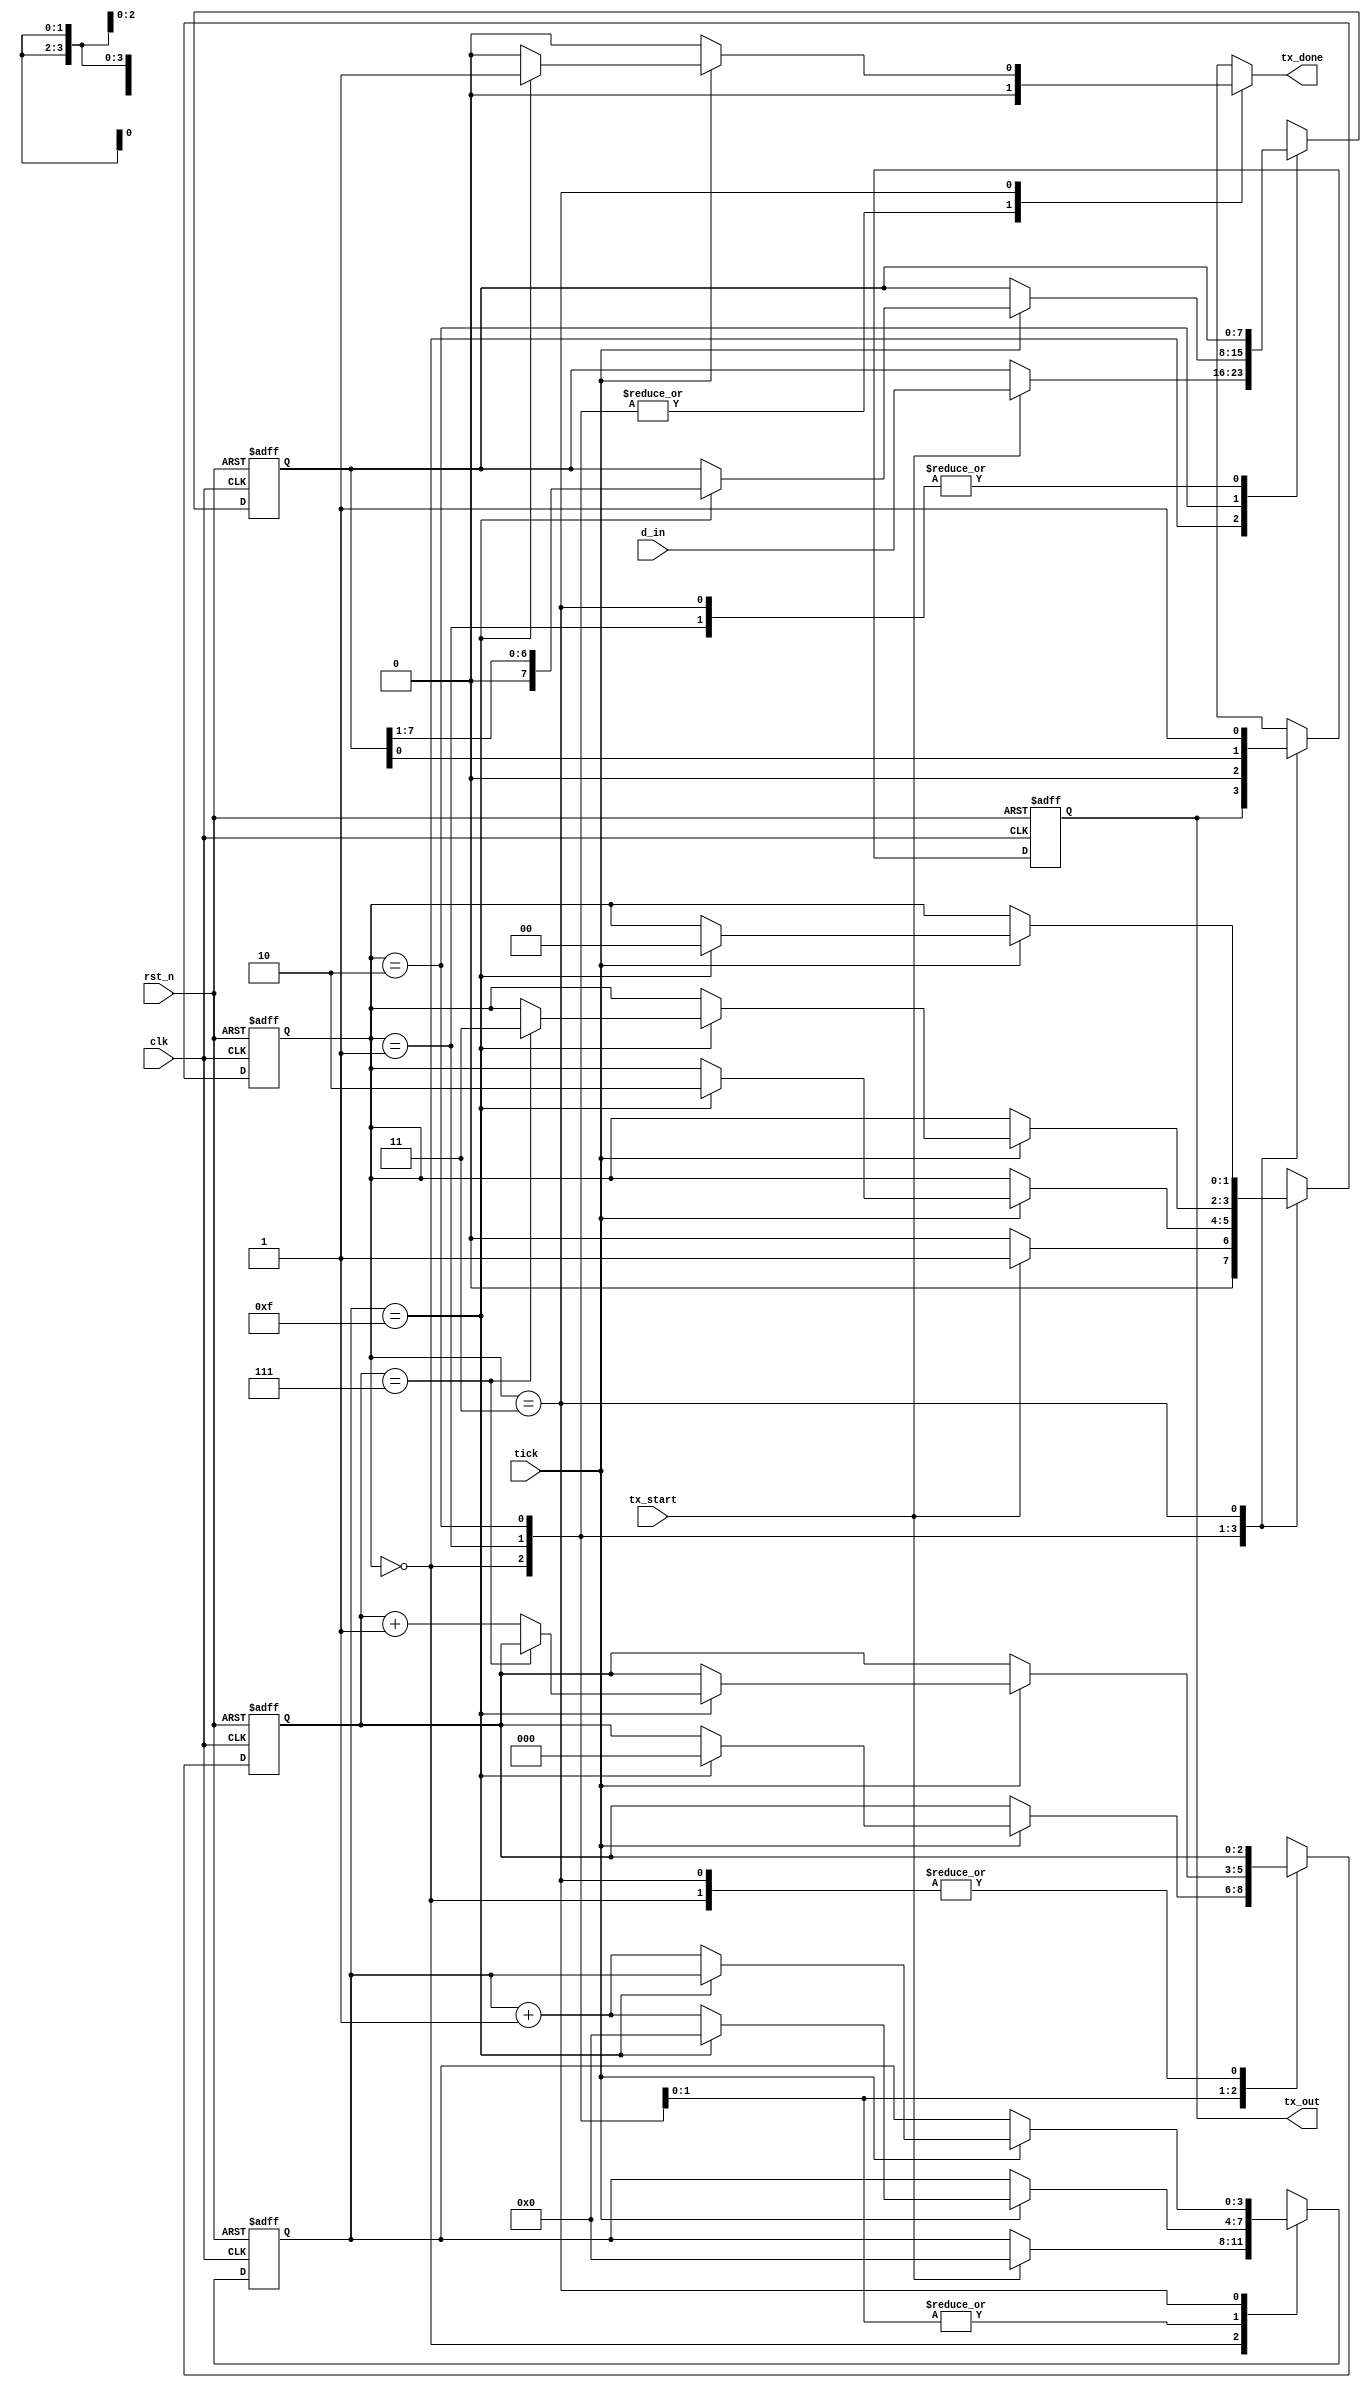
module UART_TX(tick,clk,rst_n,tx_start,tx_done,d_in,tx_out);
input tick,clk,rst_n,tx_start;
input [7:0] d_in;
output reg tx_done;
output tx_out;

reg [3:0] s_tick_reg,s_tick_next;
reg [2:0] n_bits_reg,n_bits_next;
reg [7:0] bits_reg,bits_next;
reg bit_out_reg,bit_out_next;

parameter [1:0] IDLE =2'b00, START=2'b01,DATA =2'b10, STOP=2'b11;  
reg [1:0] state,next_state;

always @(posedge clk,negedge rst_n) begin
if(!rst_n)
begin
    state<= IDLE;
    s_tick_reg<=0;
    n_bits_reg<=0;
    bits_reg<=0;
    bit_out_reg<=1'b1;
end    
else
begin
    state<= next_state;
    s_tick_reg<=s_tick_next;
    n_bits_reg<=n_bits_next;
    bits_reg<=bits_next;
    bit_out_reg<=bit_out_next;
end

end
assign tx_out=bit_out_reg;

always@(*) begin
next_state=state;
s_tick_next=s_tick_reg;
bits_next=bits_reg;
n_bits_next=n_bits_reg;
bit_out_next=bit_out_reg;
tx_done=1'b0;

case(state)

IDLE:begin
    if(tx_start)
    begin
        next_state=START;
        s_tick_next=0;
        bits_next=d_in;
    end
    else
        next_state=IDLE;
end
START: begin
    bit_out_next=1'b0;
    if(tick)
    begin
        if(s_tick_reg==15)
        begin
            next_state=DATA;
            s_tick_next=0;
            n_bits_next=0;
        end
        else
        s_tick_next=s_tick_reg+1;
    end
end
DATA: begin
    bit_out_next=bits_reg[0];
    if(tick) begin
        if(s_tick_reg==15) begin
            bits_next= bits_reg >> 1;
            s_tick_next=0;
            if(n_bits_reg==7) begin
                next_state=STOP;
                s_tick_next=0;
            end
            else
            n_bits_next=n_bits_reg+1;
        end
        else
        s_tick_next=s_tick_reg+1;
    end
end
STOP: begin
     bit_out_next=1'b1;
     if(tick)
    begin
        if(s_tick_reg==15)
        begin
        next_state=IDLE;
        tx_done=1'b1;
        end
    else
    s_tick_next=s_tick_reg+1;
    end
end

endcase
end
endmodule